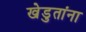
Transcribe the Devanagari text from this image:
खेडुतांना